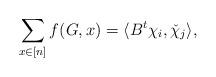
LaTeX: \begin{align*} \sum_{x\in[n]} f(G, x) = \langle B^t \chi_i, \check \chi_j \rangle, \end{align*}